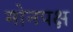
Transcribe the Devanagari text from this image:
मोनपक्ष